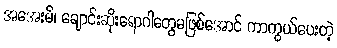
အအေးမိ၊ ချောင်းဆိုးရောဂါတွေမဖြစ်အောင် ကာကွယ်ပေးတဲ့